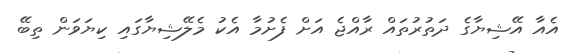
އެއާ އޭޝިޔާގެ ދަތުރުތައް ރާއްޖެ އަށް ފެށުމާ އެކު މެލޭޝިޔާގައި ކިޔަވަން ތިބޭ